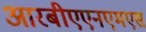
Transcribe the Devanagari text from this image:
आरबीएएनएमएस